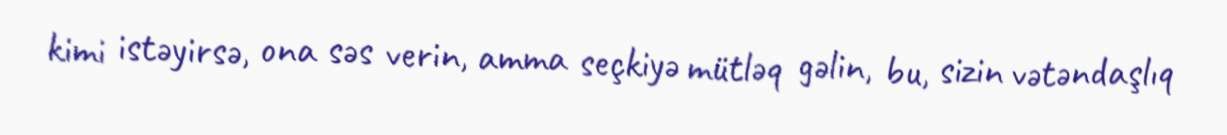
kimi istəyirsə, ona səs verin, amma seçkiyə mütləq gəlin, bu, sizin vətəndaşlıq